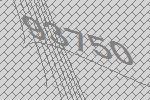
93750